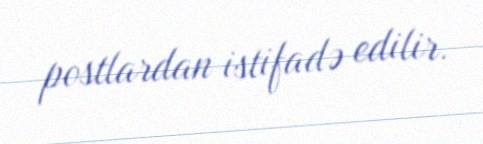
postlardan istifadə edilir.